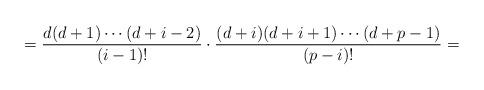
LaTeX: \begin{align*}=\frac{d(d+1)\cdots (d+i-2)}{(i-1)!}\cdot \frac{(d+i)(d+i+1)\cdots (d+p-1)}{(p-i)!}=\end{align*}